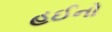
હઈનો